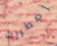
إضطررت